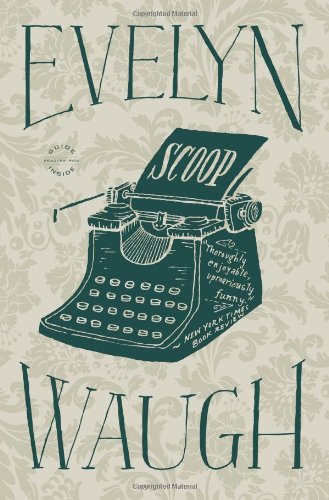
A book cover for Scoop; Evelyn Waugh; Literature & Fiction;